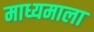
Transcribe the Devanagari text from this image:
माध्यमाला